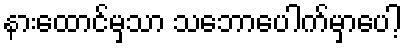
နားထောင်မှသာ သဘောပေါက်မှာပေါ့